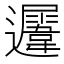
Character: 𨙈